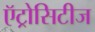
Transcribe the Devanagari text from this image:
ऍट्रोसिटीज